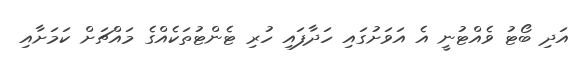
އަދި ބޯޓު ވެއްޓުނީ އެ އަވަށުގައި ހަދާފައި ހުރި ޓެންޓުތަކެއްގެ މައްޗަށް ކަމަށާއި